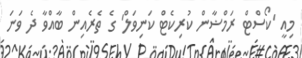
މިއީ 'ކޯސްޓް ރަމްޟާން ކުރިކެޓް ކަނިވަލް' ގެ ތެރެއިން ބާއްވާ ދެ ވަނަ